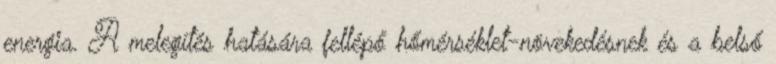
energia. A melegítés hatására fellépő hőmérséklet-növekedésnek és a belső